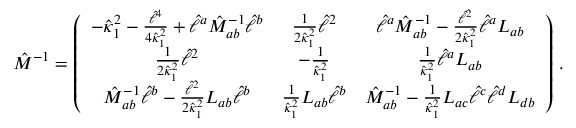
{ \hat { \cal M } } ^ { - 1 } = \left( \begin{array} { c c c } { { - { { \hat { \kappa } } _ { 1 } } ^ { 2 } - { \frac { { \hat { \ell } } ^ { 4 } } { 4 { { \hat { \kappa } } _ { 1 } } ^ { 2 } } } + { \hat { \ell } } ^ { a } { \hat { M } } _ { a b } ^ { - 1 } { \hat { \ell } } ^ { b } } } & { { { \frac { 1 } { 2 { { \hat { \kappa } } _ { 1 } } ^ { 2 } } } { \hat { \ell } } ^ { 2 } } } & { { { \hat { \ell } } ^ { a } { \hat { M } } _ { a b } ^ { - 1 } - { \frac { { \hat { \ell } } ^ { 2 } } { 2 { { \hat { \kappa } } _ { 1 } } ^ { 2 } } } { \hat { \ell } } ^ { a } { L } _ { a b } } } \\ { { { \frac { 1 } { 2 { { \hat { \kappa } } _ { 1 } } ^ { 2 } } } { \hat { \ell } } ^ { 2 } } } & { { - { \frac { 1 } { { { \hat { \kappa } } _ { 1 } } ^ { 2 } } } } } & { { { \frac { 1 } { { { \hat { \kappa } } _ { 1 } } ^ { 2 } } } { \hat { \ell } } ^ { a } { L } _ { a b } } } \\ { { { \hat { M } } _ { a b } ^ { - 1 } { \hat { \ell } } ^ { b } - { \frac { { \hat { \ell } } ^ { 2 } } { 2 { { \hat { \kappa } } _ { 1 } } ^ { 2 } } } { L } _ { a b } { \hat { \ell } } ^ { b } } } & { { { \frac { 1 } { { \hat { \kappa } } _ { 1 } ^ { 2 } } } { L } _ { a b } { \hat { \ell } } ^ { b } } } & { { { \hat { M } } _ { a b } ^ { - 1 } - { \frac { 1 } { { { \hat { \kappa } } _ { 1 } } ^ { 2 } } } { L } _ { a c } { \hat { \ell } } ^ { c } { \hat { \ell } } ^ { d } { L } _ { d b } } } \end{array} \right) \, .